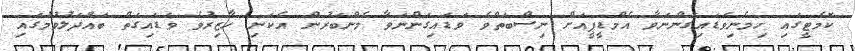
ކޮމެޓީގައި ހިމެނިވަޑައިގަންނަވާ އެމްޑީޕީއަށް ނިސްބަތްވެ ވަޑައިގަންނަވާ މެންބަރުން އެކަނި ހާޒިރުވެ ވަޑައިގަތް ބައްދަލުވުމުގައި